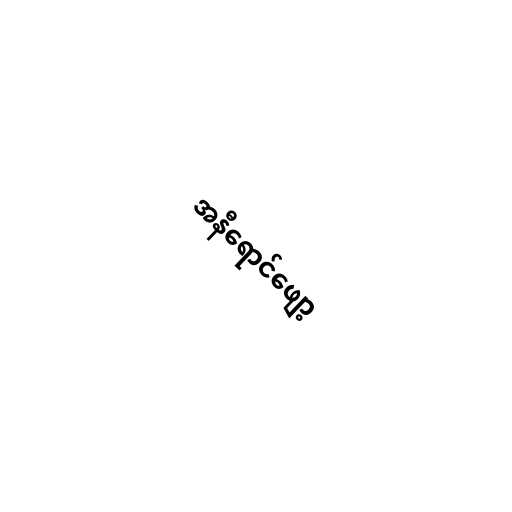
အနီရောင်ဖျော့